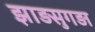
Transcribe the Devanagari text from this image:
झाड़सुगड़ा